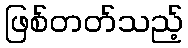
ဖြစ်တတ်သည့်